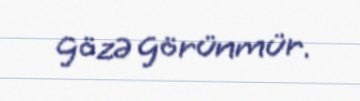
gözə görünmür.